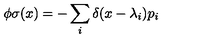
\phi \sigma ( x ) = - \sum _ { i } \delta ( x - \lambda _ { i } ) p _ { i }